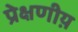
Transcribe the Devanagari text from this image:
प्रेक्षणीय़